Indian journal of veterinary science and animal husbandry - Volume 5,
Year: 1935
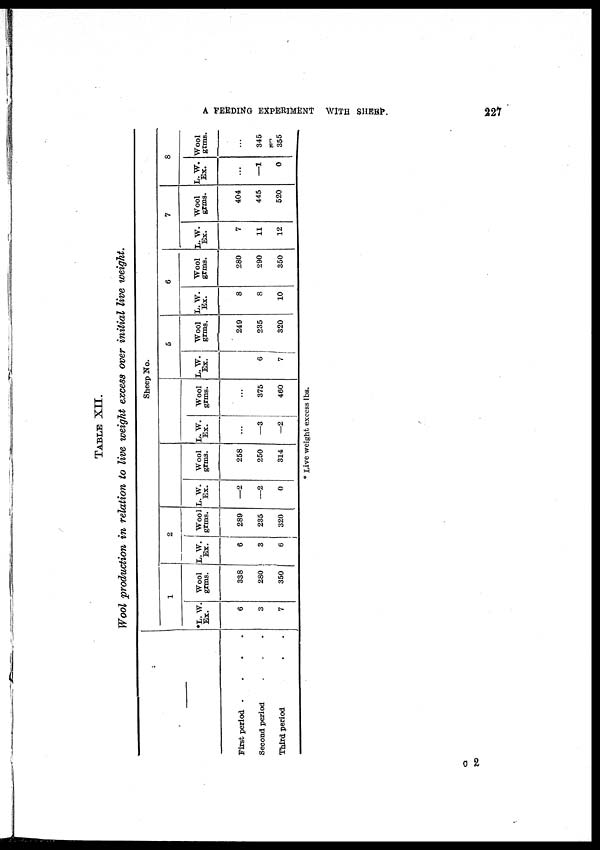
A FEEDING EXPERIMENT WITH SHEEP.
227
TABLE XII.
Wool production in relation to live weight excess over initial live weight.
—
First period
....
Second period...
Third period....
Sheep No.
1
*L. W.
Ex.
6
3
7
Wool
grms.
338
280
350
2
L.W.
Ex.
6
3
6
Wool
grms.
289
235
320
L. W.
Ex.
—2
—2
0
Wool
grms.
258
250
314
L.W.
Ex.
...
—3
—2
Wool
grms.
...
375
460
5
L. W.
Ex.
6
7
Wool
grms.
249
235
320
6
L.W.
Ex.
8
8
10
Wool
grms.
280
290
350
7
L.W.
Ex.
7
11
12
Wool
grms.
404
445
520
8
L.W.
Ex.
...
—1
0
Wool
grms.
...
345
355
* Live weight excess lbs.
C 2